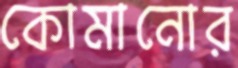
কোমানোর